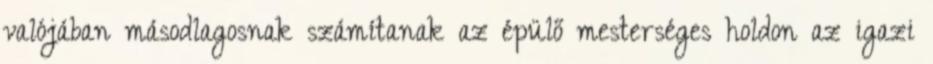
valójában másodlagosnak számítanak az épülő mesterséges holdon az igazi